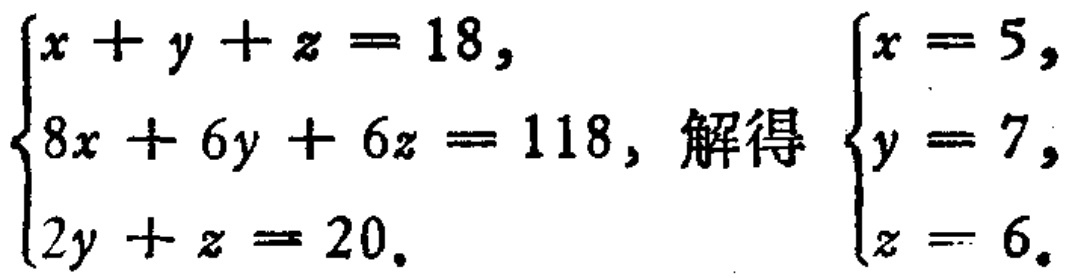
\(\begin{cases}
x + y + z = 18, \\
8x + 6y + 6z = 118, \\
2y + z = 20.
\end{cases}\) 解得 \(\begin{cases}
x = 5, \\
y = 7, \\
z = 6.
\end{cases}\)